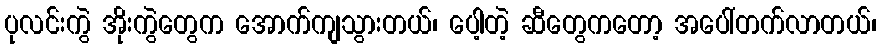
ပုလင်းကွဲ အိုးကွဲတွေက အောက်ကျသွားတယ်၊ ပေါ့တဲ့ ဆီတွေကတော့ အပေါ်တက်လာတယ်၊